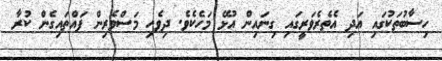
ހިސާބުތަކުގައި އަދި އެތެރެވަރީގައި ގިނައިން އުޅޭ މަހެކެވެ. ދިވެހި މަސްވެރިން ފައްތައިގެން ކުރާ